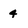
Character: 4